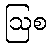
ဩစ